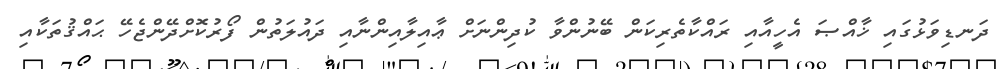
ދަނޑިވަޅުގައި ޚާއްޞަ އެހީއާއި ރައްކާތެރިކަން ބޭނުންވާ ކުދިންނަށް ޢާއިލާއިންނާއި ދައުލަތުން ފޯރުކޮށްދޭންޖެހޭ ޙައްޤުތަކާއި